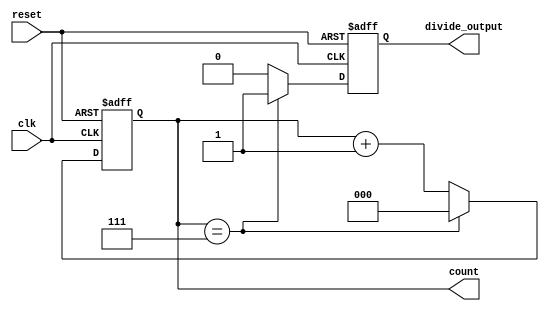
module divide_by_n_counter #(
    parameter N = 8 // Parameter for the divide factor, default is 8
)(
    input wire clk,          // Clock input
    input wire reset,        // Asynchronous reset
    output reg [clog2(N)-1:0] count, // Current count value
    output reg divide_output  // Output signal that goes high when counter reaches N
);

// Function to calculate the log base 2
function integer clog2;
    input integer value;
    begin
        value = value - 1;
        for (clog2 = 0; value > 0; clog2 = clog2 + 1)
            value = value >> 1;
    end
endfunction

// Internal counter register
reg [clog2(N)-1:0] counter;

// Sequential logic for counter
always @(posedge clk or posedge reset) begin
    if (reset) begin
        counter <= 0;              // Reset counter to 0
        divide_output <= 0;        // Reset divide output
    end else begin
        if (counter == N-1) begin
            counter <= 0;          // Reset counter when it reaches N
            divide_output <= 1;    // Set divide output high
        end else begin
            counter <= counter + 1; // Increment counter
            divide_output <= 0;      // Set divide output low
        end
    end
end

// Assign count output
assign count = counter;

endmodule